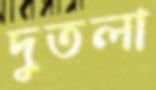
দুতলা